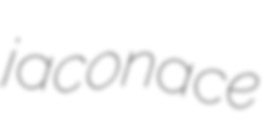
jaconace